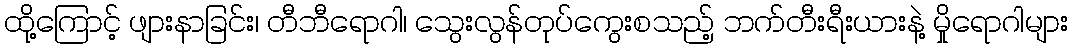
ထို့ကြောင့် ဖျားနာခြင်း၊ တီဘီရောဂါ၊ သွေးလွန်တုပ်ကွေးစသည့် ဘက်တီးရီးယားနဲ့ မှိုရောဂါများ